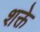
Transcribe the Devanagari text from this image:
शक्ते